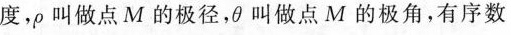
度，\rho叫做点M的极径，\theta叫做点M的极角，有序数